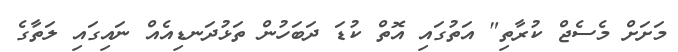
މަށަށް މެސެޖް ކުރާތި" އަތުގައި އޮތް ކުޑަ ދަބަހުން ތަޅުދަނޑިއެއް ނައިގައި ލަތާގެ